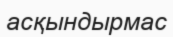
асқындырмас